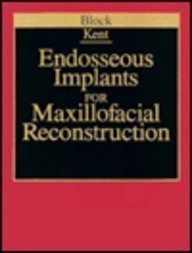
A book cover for Endosseous Implants for Maxillofacial Reconstruction, 1e; Michael S. Block DMD; Medical Books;